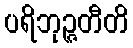
ပရိဘုဉ္ဇတီတိ